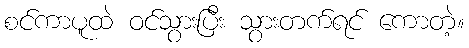
စင်ကာပူထဲ ဝင်သွားပြီး သွားတက်ရင် ကောတဲ့။